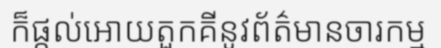
ក៏ផ្តល់អោយតួកគីនូវព័ត៌មានចារកម្ម